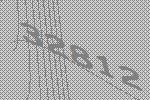
32812